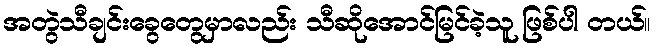
အတွဲသီချင်းခွေတွေမှာလည်း သီဆိုအောင်မြင်ခဲ့သူ ဖြစ်ပါ တယ်။